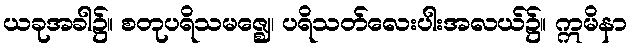
ယခုအခါ၌။ စတုပရိသမဇ္ဈေ၊ ပရိသတ်လေးပါးအလယ်၌။ ဣမိနာ